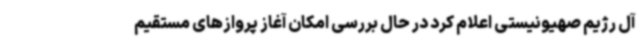
آل رژیم صهیونیستی اعلام کرد در حال بررسی امکان آغاز پروازهای مستقیم